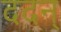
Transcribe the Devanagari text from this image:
ददन्